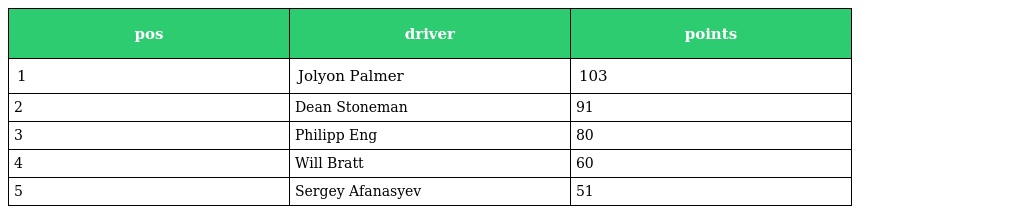
| pos | driver | points |
 | --- | --- | --- |
 | 1 | Jolyon Palmer | 103 |
 | 2 | Dean Stoneman | 91 |
 | 3 | Philipp Eng | 80 |
 | 4 | Will Bratt | 60 |
 | 5 | Sergey Afanasyev | 51 |